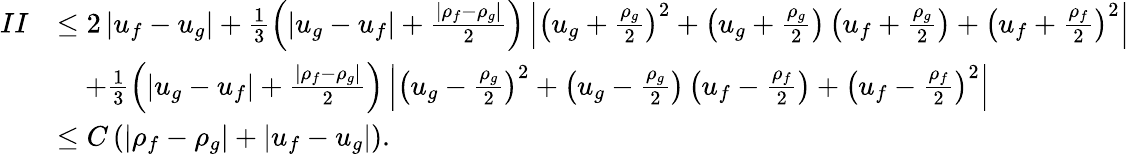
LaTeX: \begin{array}{rl}{II}&{\le 2\left|u_{f}-u_{g}\right|+\frac{1}{3}\left(|u_{g}-u_{f}|+\frac{|\rho_{f}-\rho_{g}|}{2}\right)\left|\left(u_{g}+\frac{\rho_{g}}{2}\right)^{2}+\left(u_{g}+\frac{\rho_{g}}{2}\right)\left(u_{f}+\frac{\rho_{g}}{2}\right)+\left(u_{f}+\frac{\rho_{f}}{2}\right)^{2}\right|}\\ &{\quad+\frac{1}{3}\left(|u_{g}-u_{f}|+\frac{|\rho_{f}-\rho_{g}|}{2}\right)\left|\left(u_{g}-\frac{\rho_{g}}{2}\right)^{2}+\left(u_{g}-\frac{\rho_{g}}{2}\right)\left(u_{f}-\frac{\rho_{f}}{2}\right)+\left(u_{f}-\frac{\rho_{f}}{2}\right)^{2}\right|}\\ &{\le C\left(|\rho_{f}-\rho_{g}|+|u_{f}-u_{g}|\right).}\end{array}